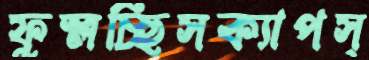
ফুস্‌লচ্ছিসক্যাপস্